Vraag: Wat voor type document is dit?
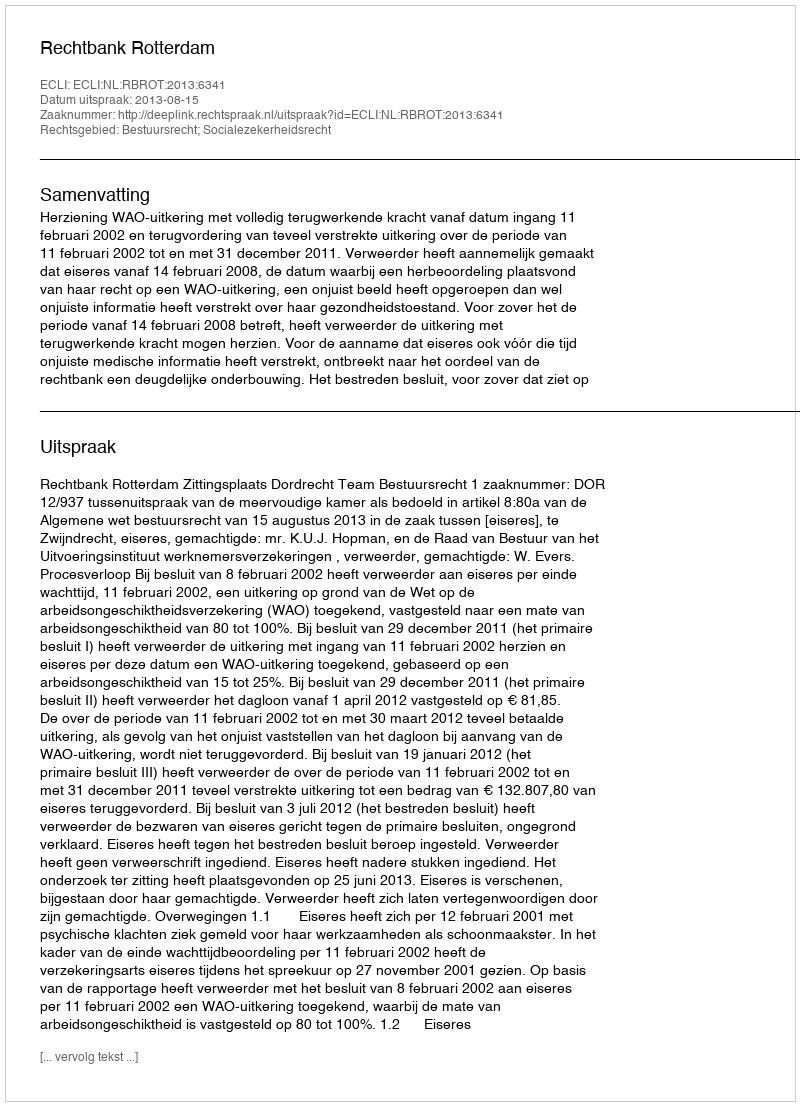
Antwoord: Uitspraak